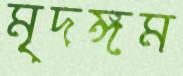
মৃদঙ্গম